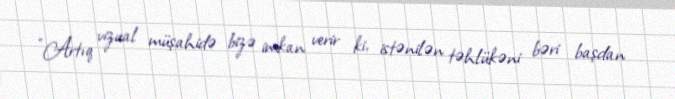
“Artıq vizual müşahidə bizə imkan verir ki, istənilən təhlükəni bəri başdan